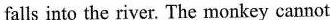
falls into the river. The monkey cannot